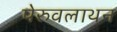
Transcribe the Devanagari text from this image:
पेरुवलाथन